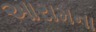
આરામના